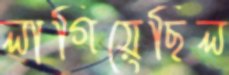
লাগিয়েছিল